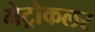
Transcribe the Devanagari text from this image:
मेट्रोकलर